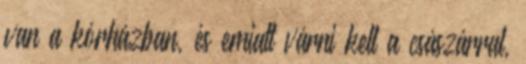
van a kórházban, és emiatt várni kell a császárral,